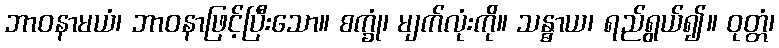
ဘာဝနာမယံ၊ ဘာဝနာဖြင့်ပြီးသော။ စက္ခုံ၊ မျက်လုံးကို။ သန္ဓာယ၊ ရည်ရွယ်၍။ ဝုတ္တံ၊